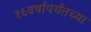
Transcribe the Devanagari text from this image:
१६वर्षापर्यंतच्या